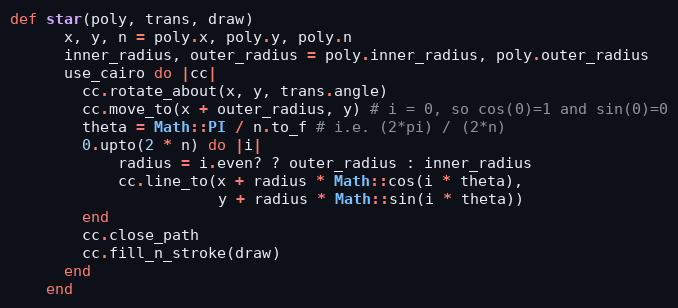
Language: Ruby
def star(poly, trans, draw)
      x, y, n = poly.x, poly.y, poly.n
      inner_radius, outer_radius = poly.inner_radius, poly.outer_radius
      use_cairo do |cc|
        cc.rotate_about(x, y, trans.angle)
        cc.move_to(x + outer_radius, y) # i = 0, so cos(0)=1 and sin(0)=0
        theta = Math::PI / n.to_f # i.e. (2*pi) / (2*n)
        0.upto(2 * n) do |i|
            radius = i.even? ? outer_radius : inner_radius
            cc.line_to(x + radius * Math::cos(i * theta),
                       y + radius * Math::sin(i * theta))
        end
        cc.close_path
        cc.fill_n_stroke(draw)
      end
    end